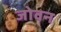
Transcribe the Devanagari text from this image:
जोवन